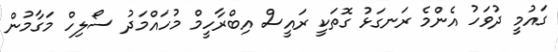
ގައުމީ ދުވަހު އެންމެ ރަނގަޅު ގޮތަކީ ރައީސް އިބްރާހީމް މުހައްމަދު ސޯލިހް މަގާމުން